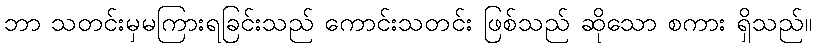
ဘာ သတင်းမှမကြားရခြင်းသည် ကောင်းသတင်း ဖြစ်သည် ဆိုသော စကား ရှိသည်။